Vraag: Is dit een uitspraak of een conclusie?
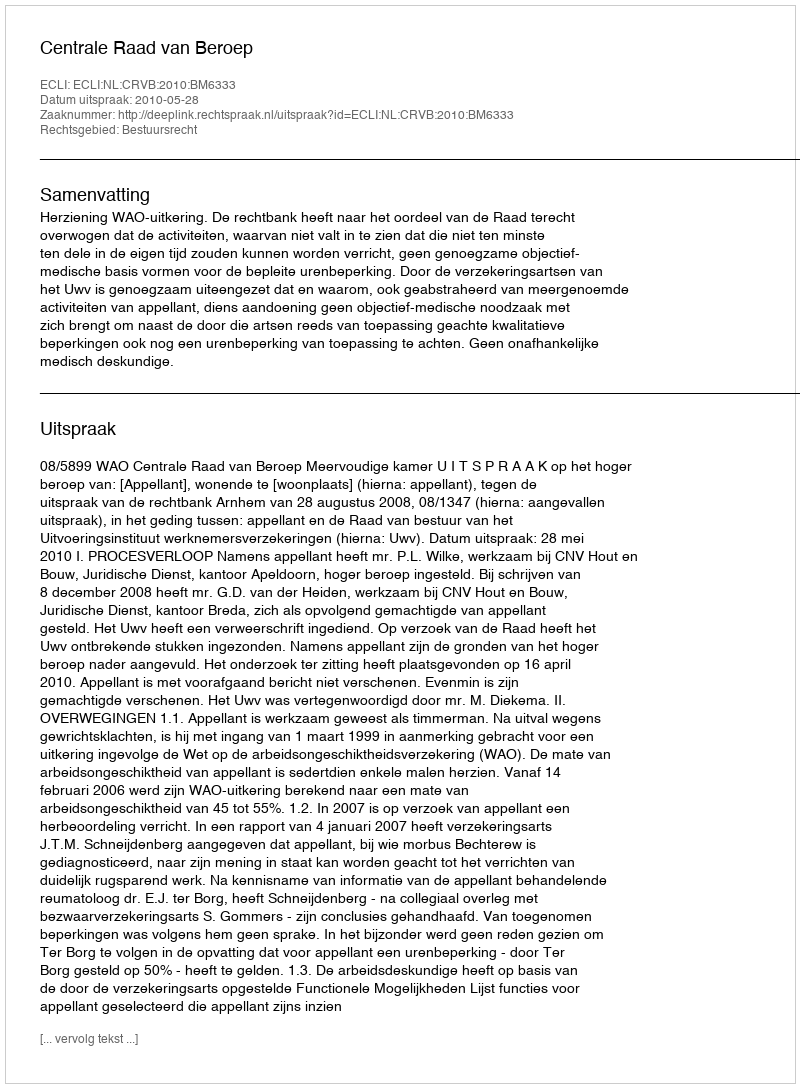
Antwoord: Uitspraak